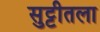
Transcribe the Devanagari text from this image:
सुट्टीतला